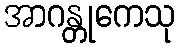
အာဂန္တုကေသု